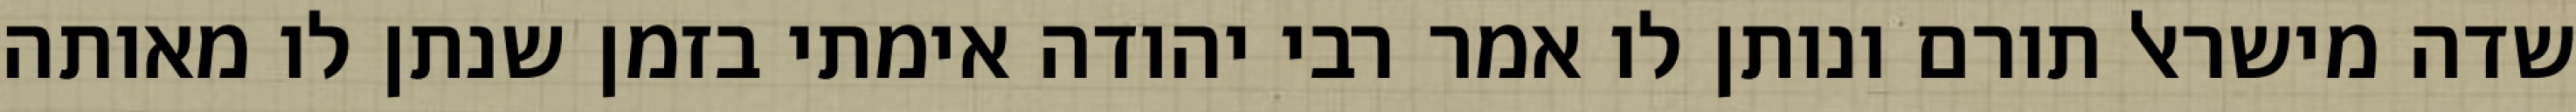
שדה מישראל תורם ונותן לו אמר רבי יהודה אימתי בזמן שנתן לו מאותה